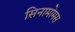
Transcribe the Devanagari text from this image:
सिनामोमस